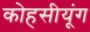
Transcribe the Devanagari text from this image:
कोहसीयूंग